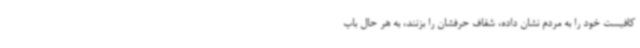
کافیست خود را به مردم نشان داده، شفاف حرفشان را بزنند، به هر حال باب